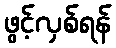
ဖွင့်လှစ်ရန်